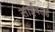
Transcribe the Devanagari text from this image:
साईवर्ल्ड